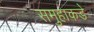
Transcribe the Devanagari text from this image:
समुहाकडे